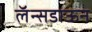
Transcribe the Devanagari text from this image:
लॅन्सडाऊन